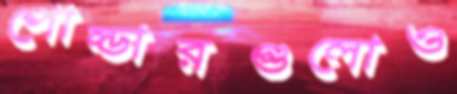
পোল্ডারগুলোও